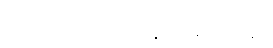
အဘိညာဝေါသာနပါရမိပ္ပတ္တော